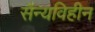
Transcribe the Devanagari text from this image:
सैन्यविहीन